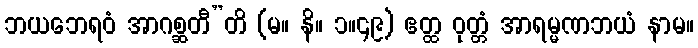
ဘယဘေရဝံ အာဂစ္ဆတီ”တိ (မ။ နိ။ ၁။၄၉) ဧတ္ထ ဝုတ္တံ အာရမ္မဏဘယံ နာမ။